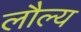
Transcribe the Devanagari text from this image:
लौल्य